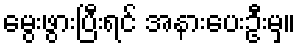
မွေးဖွားပြီးရင် အနားပေးဦးမှ။